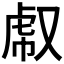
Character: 𧆤